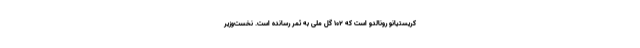
کریستیانو رونالدو است که ۱۰۲ گل ملی به ثمر رسانده است. نخست‌وزیر